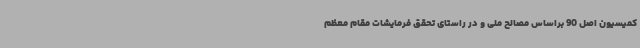
کمیسیون اصل 90 براساس مصالح ملی و در راستای تحقق فرمایشات مقام معظم